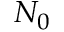
N _ { 0 }